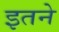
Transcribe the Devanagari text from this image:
इतने